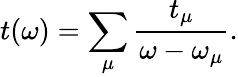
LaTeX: t(\omega)=\sum_{\mu}\frac{t_{\mu}}{\omega-\omega_{\mu}}.